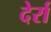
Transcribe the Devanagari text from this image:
देर्रा